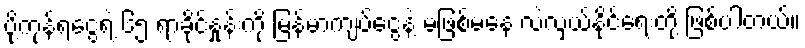
ပို့ကုန်ရငွေရဲ့ ၆၅ ရာခိုင်နှုန်းကို မြန်မာကျပ်ငွေနဲ့ မဖြစ်မနေ လဲလှယ်နိုင်ရေးတို့ ဖြစ်ပါတယ်။